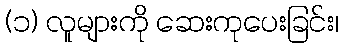
(၁) လူများကို ဆေးကုပေးခြင်း၊